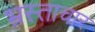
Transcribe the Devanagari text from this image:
भ्रस्ताचार